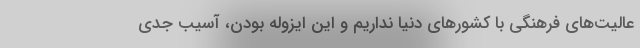
عالیت‌های فرهنگی با کشورهای دنیا نداریم و این ایزوله بودن، آسیب جدی